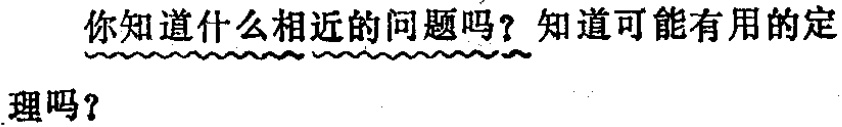
你知道什么相近的问题吗？知道可能有用的定理吗？